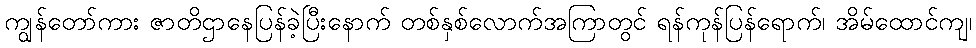
ကျွန်တော်ကား ဇာတိဌာနေပြန်ခဲ့ပြီးနောက် တစ်နှစ်လောက်အကြာတွင် ရန်ကုန်ပြန်ရောက်၊ အိမ်ထောင်ကျ၊